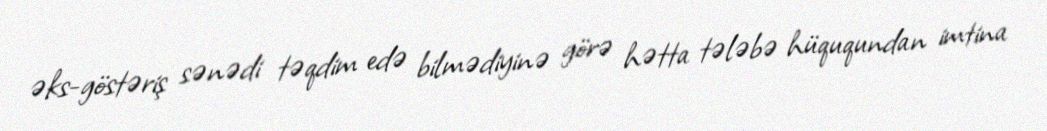
əks-göstəriş sənədi təqdim edə bilmədiyinə görə hətta tələbə hüququndan imtina